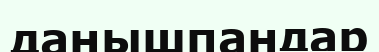
данышпандар